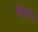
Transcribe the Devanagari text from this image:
सेतुकरण